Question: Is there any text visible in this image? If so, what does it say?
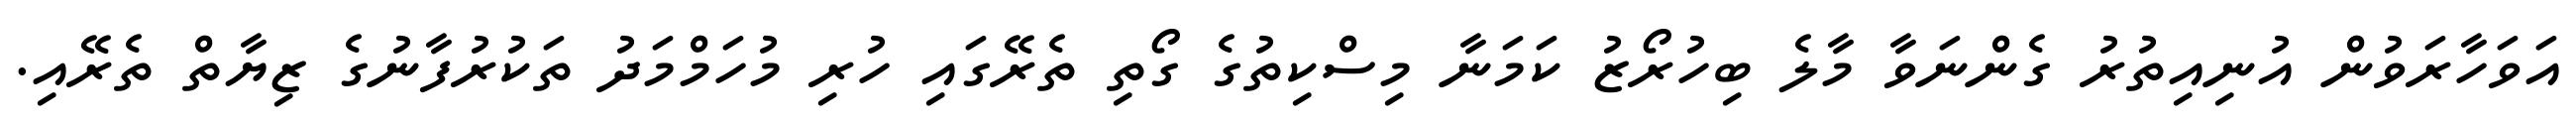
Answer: އަވަހާރަވުން އުނިއިތުރު ގެންނަވާ މާލެ ބިހުރޯޒު ކަމަނާ މިސްކިތުގެ ގޯތި ތެރޭގައި ހުރި މުހަމްމަދު ތަކުރުފާނުގެ ޒިޔާތް ތެރޭއި.